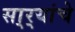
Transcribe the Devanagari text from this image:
सा्र्‍यांचे